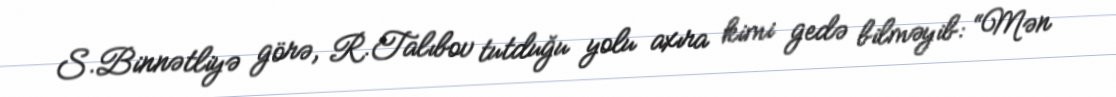
S.Binnətliyə görə, R.Talıbov tutduğu yolu axıra kimi gedə bilməyib: “Mən